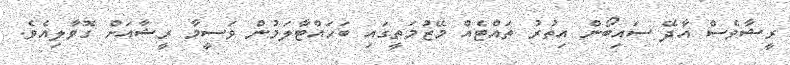
ރީޝާވެސް އާދޭ ސައިބޯން އިތުރު ތައްޓެއް މޭޒުމަތީގައި ބަހައްޓާލަަމުން ވަސީމާ ރީޝާއަށް ގޮވާލިއެވެ.